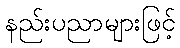
နည်းပညာများဖြင့်